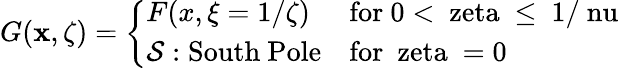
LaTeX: G(\mathbf{x},\zeta)=\left\{ \begin{array}{ll}{{F(x,\xi=1/\zeta)}}&{{\mathrm{for~0<\ zeta~\leq~1/\ nu~}}}\\ {{{\cal S}:\mathrm{South~Pole}}}&{{\mathrm{for~\ zeta~=0~}}}\end{array}\right.